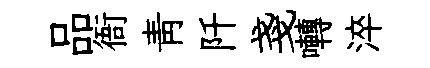
品衙靑阡戔囀淬